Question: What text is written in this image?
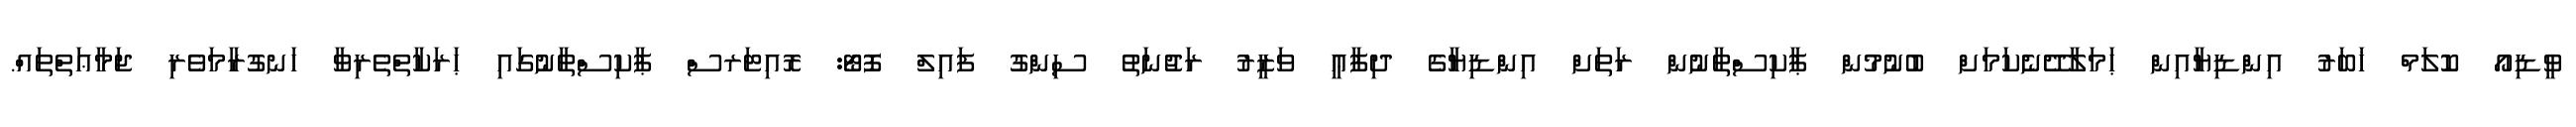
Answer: ވީޑިއޯ ކޮލަމް ޚަބަރު އިންޑިޔާއިން ޙަމަލާދޭނެކަމަށް ބުނުމުން ޕާކިސްތާނުން ރަތަށް އިންޑިޔާގެ ދިފާޢީ ވަޒީރު ރަޖުނަތު ސިންގު ފައިލް ފޮޓޯ: ރޮއިޓަރސް ޕާކިސްތާނުގައި ޙަރަކާތްތެރިވާ ހަނގުރާމަވެރި ޖަމާޢަތްތައް.